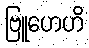
ဗြူဟေဟိ